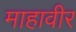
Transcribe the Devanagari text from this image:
माहावीर